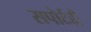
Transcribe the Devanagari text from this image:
सपोर्टही